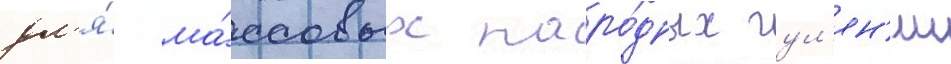
дл'я́ ма́ссовых наро́дных гул'ян'ии